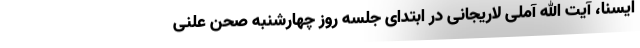
ایسنا، آیت الله آملی لاریجانی در ابتدای جلسه روز چهارشنبه صحن علنی